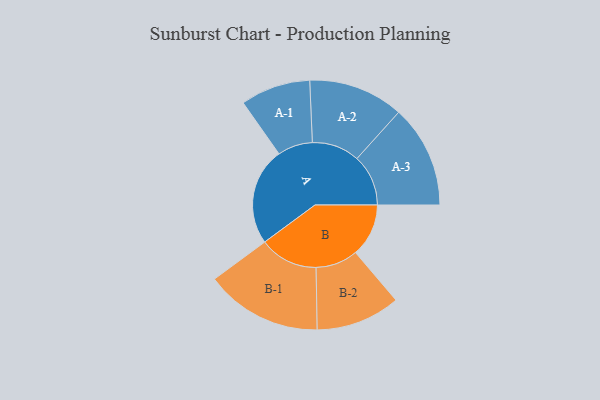
{"axis": {"x": "Segment", "y": "Value"}, "legend": ["", "A", "B"], "data": [{"x": "A", "y": 449, "type": ""}, {"x": "B", "y": 244, "type": ""}, {"x": "A-1", "y": 161, "type": "A"}, {"x": "A-2", "y": 219, "type": "A"}, {"x": "A-3", "y": 236, "type": "A"}, {"x": "B-1", "y": 269, "type": "B"}, {"x": "B-2", "y": 194, "type": "B"}]}